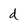
Character: d